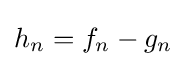
{\textstyle h_{n}=f_{n}-g_{n}}